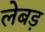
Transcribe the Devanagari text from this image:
लेबड़